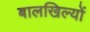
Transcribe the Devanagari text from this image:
बालखिल्यों